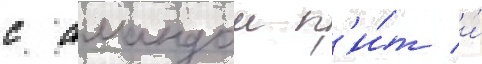
с амандои п'и́т и́